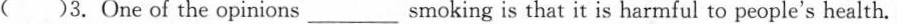
( )3. One of the opinions_smoking is that it is harmful to people's health.